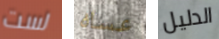
لست عساه الدليل